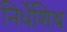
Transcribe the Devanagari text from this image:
निर्धेशिथ